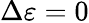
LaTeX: \Delta\varepsilon=0